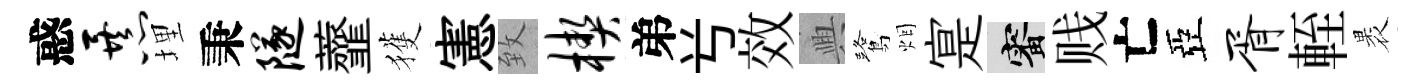
惑暴埋秉隧虀獲憲致楔弟𠔃效興鷺烟寔審贱亡亞胥輊褁